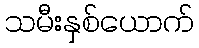
သမီးနှစ်ယောက်